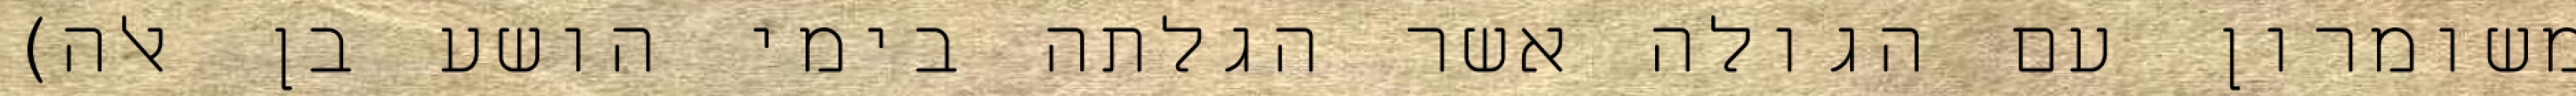
משומרון עם הגולה אשר הגלתה בימי הושע בן אלה)